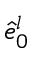
\hat { e } _ { 0 } ^ { l }